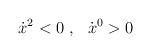
LaTeX: \begin{align*}\dot{x}^2<0\ ,\ \ \dot{x}^0>0 \end{align*}